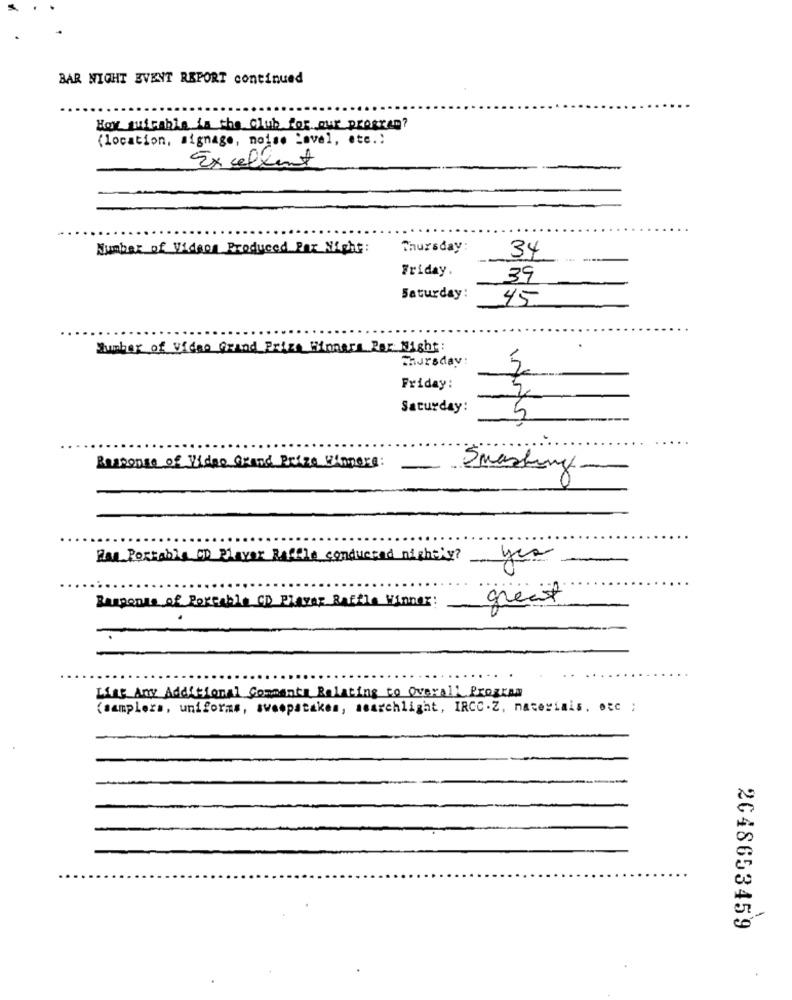
BAR NIGHT EVENT REPORT continued
Hoy suitable in the club for our program?
(location, signage, noise Level, etc.)
Excellent
Number of Videos Produced Per Night:
34
Friday.
39
Saturday:
45
Zumbar of Video Grand Prize Winners For Night:
.
Thursday:
5
Friday:
Saturday:
Response of Video Grand Prize Winners:
Smashing
Har Portable CD Player Raffle conducted nightly?
yes
Response of Portable CD Player Raffle Winner:
great
Lift Any Additional Comments Relating to Overall Program
(samplers, uniforms, sweepstakes, searchlight, IRCC.Z, materiais, otc ;
2048653459